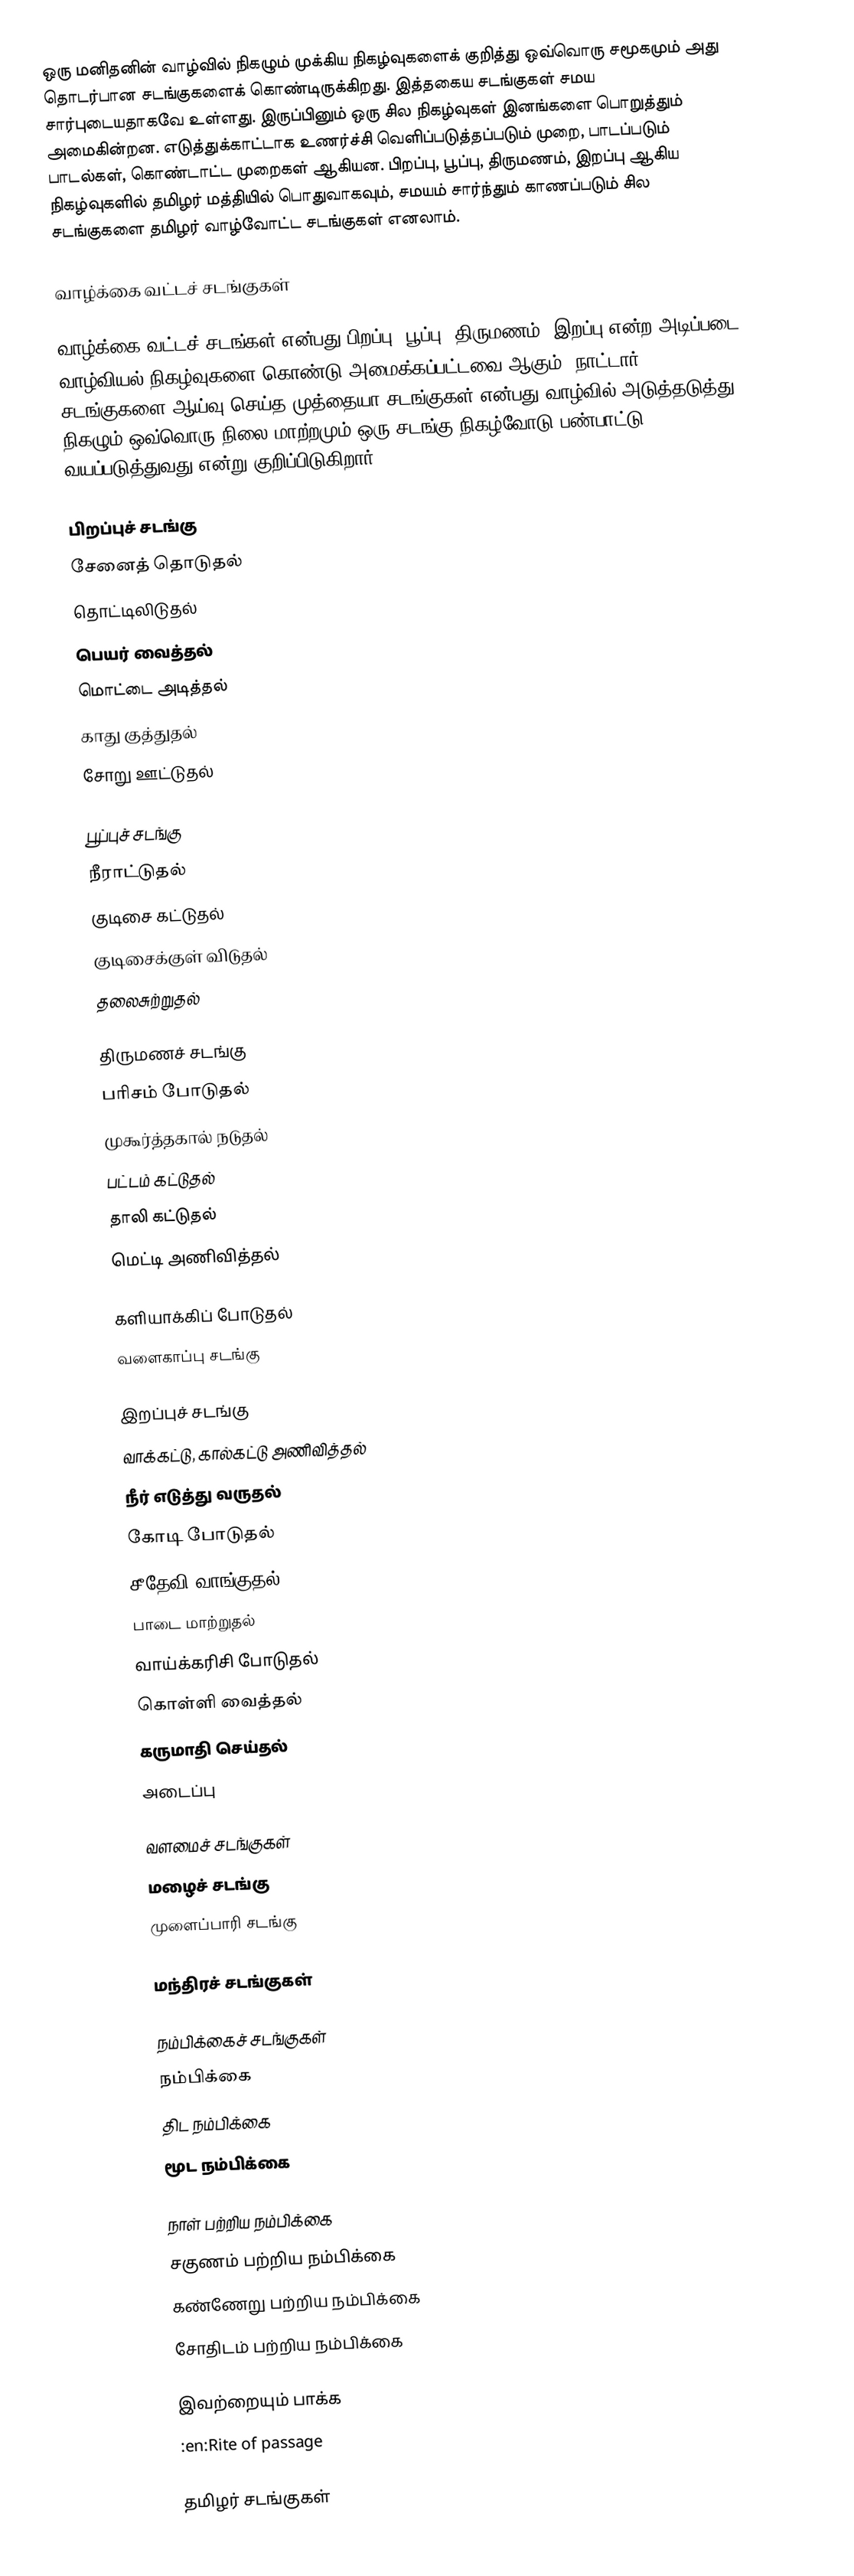
ஒரு மனிதனின் வாழ்வில் நிகழும் முக்கிய நிகழ்வுகளைக் குறித்து ஒவ்வொரு சமூகமும் அது தொடர்பான சடங்குகளைக் கொண்டிருக்கிறது.  இத்தகைய சடங்குகள் சமய சார்புடையதாகவே உள்ளது. இருப்பினும் ஒரு சில நிகழ்வுகள் இனங்களை பொறுத்தும் அமைகின்றன. எடுத்துக்காட்டாக உணர்ச்சி வெளிப்படுத்தப்படும் முறை, பாடப்படும் பாடல்கள், கொண்டாட்ட முறைகள் ஆகியன.  பிறப்பு, பூப்பு, திருமணம், இறப்பு ஆகிய நிகழ்வுகளில் தமிழர் மத்தியில் பொதுவாகவும், சமயம் சார்ந்தும் காணப்படும் சில சடங்குகளை தமிழர் வாழ்வோட்ட சடங்குகள் எனலாம்.

வாழ்க்கை வட்டச் சடங்குகள்

வாழ்க்கை வட்டச் சடங்கள் என்பது பிறப்பு, பூப்பு, திருமணம், இறப்பு என்ற அடிப்படை வாழ்வியல் நிகழ்வுகளை கொண்டு அமைக்கப்பட்டவை ஆகும். நாட்டார் சடங்குகளை ஆய்வு செய்த முத்தையா சடங்குகள் என்பது வாழ்வில் அடுத்தடுத்து நிகழும் ஒவ்வொரு நிலை மாற்றமும் ஒரு சடங்கு நிகழ்வோடு பண்பாட்டு வயப்படுத்துவது என்று குறிப்பிடுகிறார்.

பிறப்புச் சடங்கு
 சேனைத் தொடுதல்
 தொட்டிலிடுதல்
 பெயர் வைத்தல்
 மொட்டை அடித்தல்
 காது குத்துதல்
 சோறு ஊட்டுதல்

பூப்புச் சடங்கு
 நீராட்டுதல்
 குடிசை கட்டுதல்
 குடிசைக்குள் விடுதல்
 தலைசுற்றுதல்

திருமணச் சடங்கு
 பரிசம் போடுதல்
 முகூர்த்தகால் நடுதல்
 பட்டம் கட்டுதல்
 தாலி கட்டுதல்
 மெட்டி அணிவித்தல்

 களியாக்கிப் போடுதல்
 வளைகாப்பு சடங்கு

இறப்புச் சடங்கு
 வாக்கட்டு, கால்கட்டு அணிவித்தல்
 நீர் எடுத்து வருதல்
 கோடி போடுதல்
 சீதேவி வாங்குதல்
 பாடை மாற்றுதல்
 வாய்க்கரிசி போடுதல்
 கொள்ளி வைத்தல்
 கருமாதி செய்தல்
 அடைப்பு

வளமைச் சடங்குகள்
 மழைச் சடங்கு
 முளைப்பாரி சடங்கு

மந்திரச் சடங்குகள்

நம்பிக்கைச் சடங்குகள்
 நம்பிக்கை
 திட நம்பிக்கை
 மூட நம்பிக்கை

 நாள் பற்றிய நம்பிக்கை
 சகுணம் பற்றிய நம்பிக்கை
 கண்ணேறு பற்றிய நம்பிக்கை
 சோதிடம் பற்றிய நம்பிக்கை

இவற்றையும் பாக்க
 :en:Rite of passage

தமிழர் சடங்குகள்